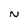
Character: N